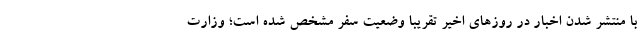
با منتشر شدن اخبار در روزهای اخیر تقریبا وضعیت سفر مشخص شده است؛ وزارت